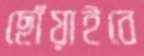
ছোঁয়াইবে